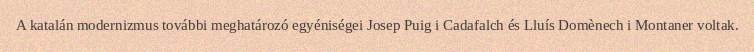
A katalán modernizmus további meghatározó egyéniségei Josep Puig i Cadafalch és Lluís Domènech i Montaner voltak.